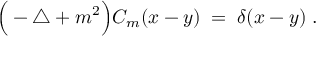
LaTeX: \Big ( - \triangle + m ^ { 2 } \Big ) C _ { m } ( x - y ) \; = \; \delta ( x - y ) \; .